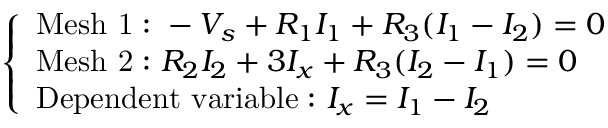
{ \left\{ \begin{array} { l l } { { \mathrm { M e s h ~ 1 : ~ } } - V _ { s } + R _ { 1 } I _ { 1 } + R _ { 3 } ( I _ { 1 } - I _ { 2 } ) = 0 } \\ { { \mathrm { M e s h ~ 2 : ~ } } R _ { 2 } I _ { 2 } + 3 I _ { x } + R _ { 3 } ( I _ { 2 } - I _ { 1 } ) = 0 } \\ { { \mathrm { D e p e n d e n t ~ v a r i a b l e : ~ } } I _ { x } = I _ { 1 } - I _ { 2 } } \end{array} \right. }